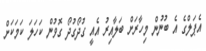
އެޕަލްގެ އެ ބުނުން މިހާރަށް ބަލާއިރު އެއީ ގުދޯގުދޯ ގޮވުން ކަހަލަ ކަމަކަށް